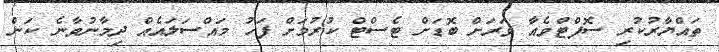
ތައްޔާރުކުރި ސޮފްްޓްވެއާ ވަރަށް ބޮޑަށް ޓެސްޓް ކުރުމަށް ފަހު މައްސަލައެއް ދިމާނުވާނެ ކަން